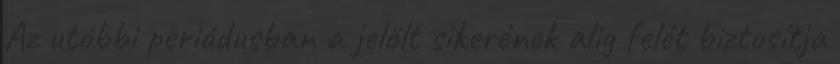
Az utóbbi periódusban a jelölt sikerének alig felét biztosítja